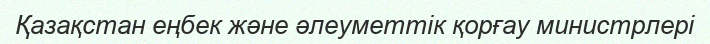
Қазақстан еңбек және әлеуметтік қорғау министрлері